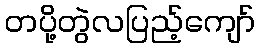
တပို့တွဲလပြည့်ကျော်